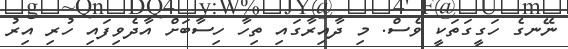
ނޭނގެ ހަގީގަތަކީ ވެސް. މި ދާއިރާގައި ތިހާ ހިސާބަށް އާދެވިފައި ހުރި އިރު